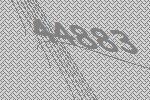
44883